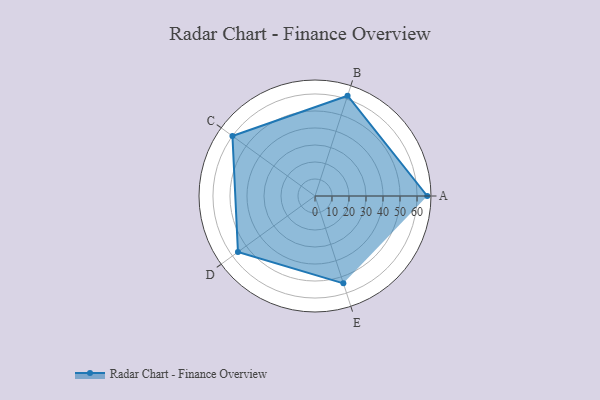
{"axis": {"x": "Skill", "y": "Score"}, "legend": ["Profile"], "data": [{"x": "A", "y": 66.0, "type": "Profile"}, {"x": "B", "y": 62.0, "type": "Profile"}, {"x": "C", "y": 60.0, "type": "Profile"}, {"x": "D", "y": 56.0, "type": "Profile"}, {"x": "E", "y": 54.0, "type": "Profile"}]}